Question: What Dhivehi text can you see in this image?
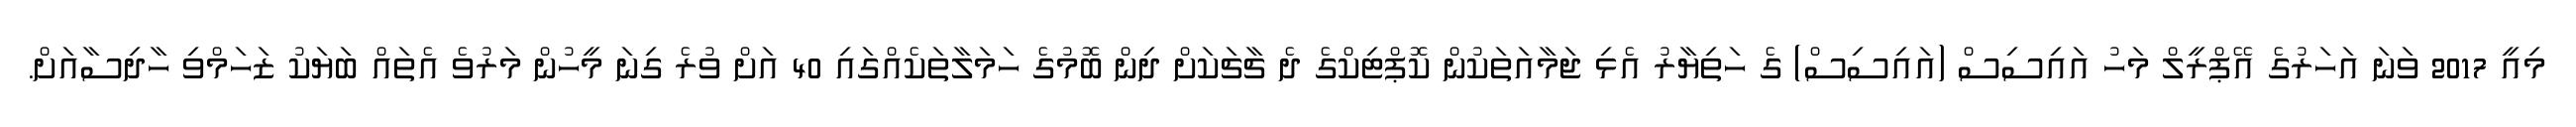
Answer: މިއީ 2017 ވަނަ އަހަރުގެ އޭޕްރީލް މަހު އައިސިސް (އައިސިސް) ގެ ހަތިޔާރު އެޅި ޖަމާއަތަކުން ކޮޕްޓިކްގެ ދެ ޗާޗަކަށް ދިން ބޮމުގެ ހަމަލާތަކެއްގައި 40 އަށް ވުރެ ގިނަ މީހުން މަރުވެ އެތައް ބަޔަކު ޒަހަމްވި ހާދިސާއަށް.